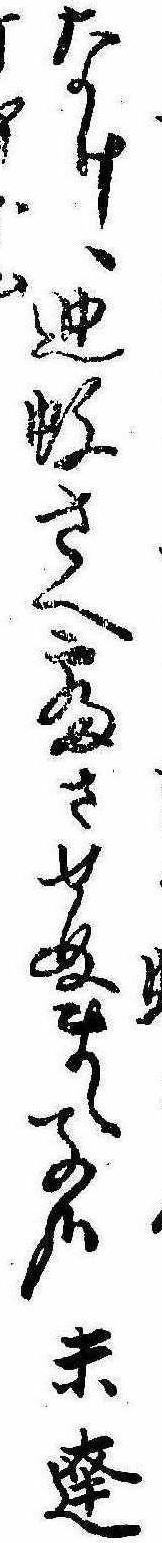
なけゝ迚蚊さへ寝させぬまゝ子哉末達丁